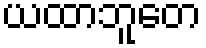
ယထာဘူတေ